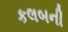
કલબની